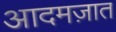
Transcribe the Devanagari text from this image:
आदमज़ात